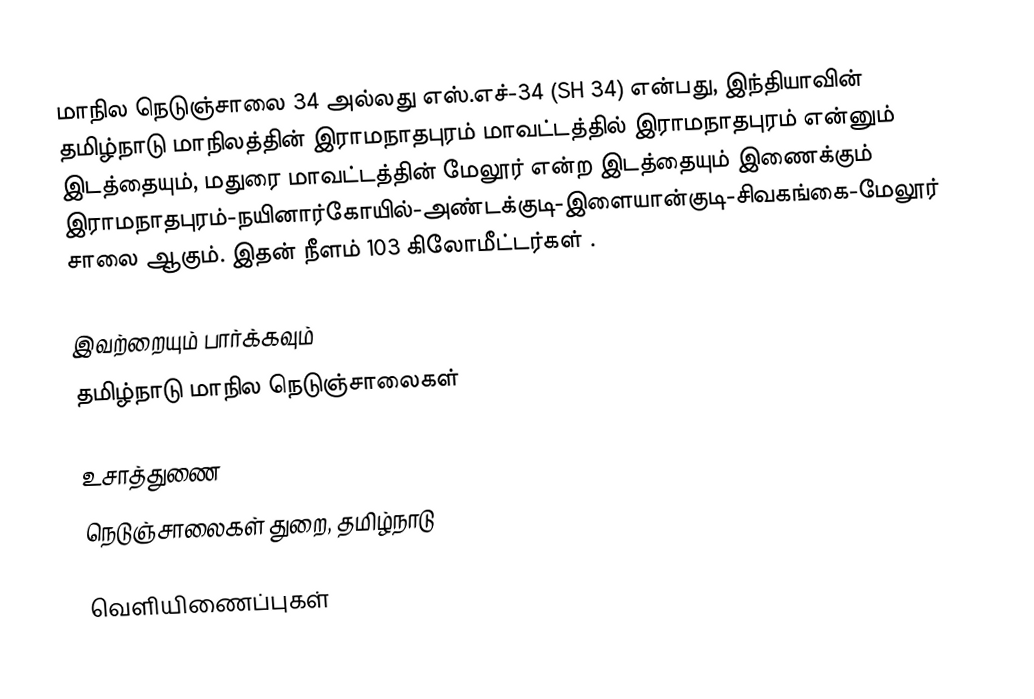
மாநில நெடுஞ்சாலை 34 அல்லது எஸ்.எச்-34 (SH 34) என்பது, இந்தியாவின் தமிழ்நாடு மாநிலத்தின் இராமநாதபுரம் மாவட்டத்தில் இராமநாதபுரம் என்னும் இடத்தையும், மதுரை மாவட்டத்தின் மேலூர் என்ற இடத்தையும் இணைக்கும் இராமநாதபுரம்-நயினார்கோயில்-அண்டக்குடி-இளையான்குடி-சிவகங்கை-மேலூர் சாலை ஆகும். இதன் நீளம் 103 கிலோமீட்டர்கள் .

இவற்றையும் பார்க்கவும்
 தமிழ்நாடு மாநில நெடுஞ்சாலைகள்

உசாத்துணை
 நெடுஞ்சாலைகள் துறை, தமிழ்நாடு

வெளியிணைப்புகள்